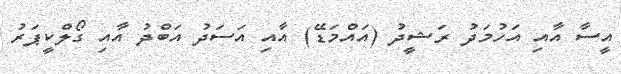
އީސާ އާއި އަހުމަދު ރަޝީދު (އައްމަޑޭ) އާއި އަސަދު އަބްދު އާއި ގޯލްކީޕަރު